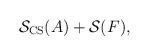
LaTeX: \begin{align*}\mathcal{S}_{\mathrm{CS}}(A)+\mathcal{S}(F),\; \end{align*}